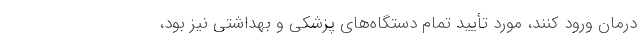
درمان ورود کنند، مورد تأیید تمام دستگاه‌های پزشکی و بهداشتی نیز بود،